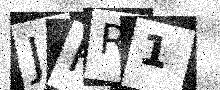
Text: JHR1